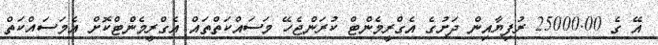
އޭ ގެ 25000.00 ރުފިޔާއިން ދަށުގެ އެގްރީމެންޓް ކުރަންޖެހޭ މަސައްކަތްތައް އެގްރީމެންޓްކޮށް އެމަސައްކަތް